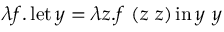
\lambda f . \operatorname { l e t } y = \lambda z . f \ ( z \ z ) \operatorname { i n } y \ y